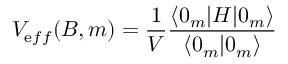
V _ { \mathrm e f f } ( B , m ) = \frac { 1 } { V } \frac { \langle 0 _ { m } | H | 0 _ { m } \rangle } { \langle 0 _ { m } | 0 _ { m } \rangle }